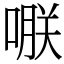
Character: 𠹻